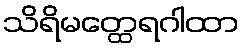
သိရိမတ္ထေရဂါထာ